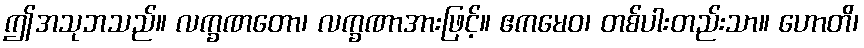
ဤအသုဘသည်။ လက္ခဏတော၊ လက္ခဏာအားဖြင့်။ ဧကမေဝ၊ တစ်ပါးတည်းသာ။ ဟောတိ၊